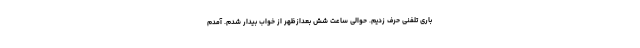
باری تلفنی حرف زدیم. حوالی ساعت شش بعدازظهر از خواب بیدار شدم. آمدم